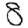
Digit: 8